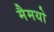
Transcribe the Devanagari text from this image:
मैमयो